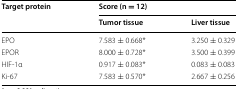
<table><thead><tr><td rowspan="2"><b>Target protein</b></td><td colspan="2"><b>Score (n = 12)</b></td></tr><tr><td><b>Tumor tissue</b></td><td><b>Liver tissue</b></td></tr></thead><tbody><tr><td>EPO</td><td>7.583 ± 0.668*</td><td>3.250 ± 0.329</td></tr><tr><td>EPOR</td><td>8.000 ± 0.728*</td><td>3.500 ± 0.399</td></tr><tr><td>HIF-1α</td><td>0.917 ± 0.083*</td><td>0.083 ± 0.083</td></tr><tr><td>Ki-67</td><td>7.583 ± 0.570*</td><td>2.667 ± 0.256</td></tr></tbody></table>